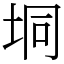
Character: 垌